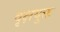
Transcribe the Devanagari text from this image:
वृक्षयुक्त